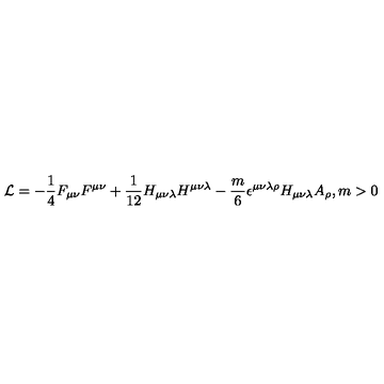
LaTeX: { \cal L } = - \frac { 1 } { 4 } F _ { \mu \nu } F ^ { \mu \nu } + \frac { 1 } { 1 2 } H _ { \mu \nu \lambda } H ^ { \mu \nu \lambda } - \frac { m } { 6 } \epsilon ^ { \mu \nu \lambda \rho } H _ { \mu \nu \lambda } A _ { \rho } , m > 0